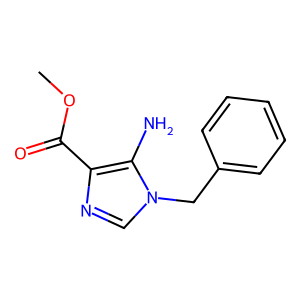
SMILES: COC(=O)c1ncn(Cc2ccccc2)c1N
Inhibits HIV replication: No